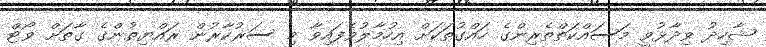
ޝާހިދު ވިދާޅުވީ މަސައްކަތްތެރިންގެ ހައްގުތަކަށް އިހުމާލުވެފައިވާ މި ސަރުކާރުން ރައްޔިތުންގެ ގާތަށް ވޯޓް